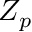
Z _ { p }